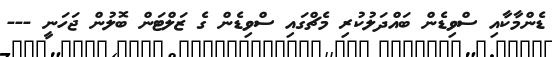
ޑެންމާކާއި ސްވިޑެން ބައްދަލުކުރި މެޗްގައި ސްވިޑެން ގެ ޒަލްޓަން ބޮލުން ޖަހަނީ ---